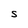
Character: S